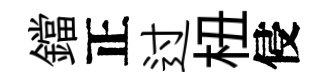
鐺正过杻侵